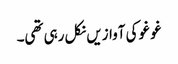
غو غو کی آوازیں نکل رہی تھی۔